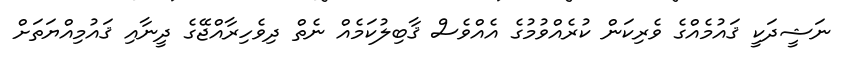
ނަޝީދަކީ ޤައުމެއްގެ ވެރިކަން ކުރެއްވުމުގެ އެއްވެސް ޤާބިލުކަމެއް ނެތް ދިވެހިރާއްޖޭގެ ދީނާއި ޤައުމިއްޔަތަށް